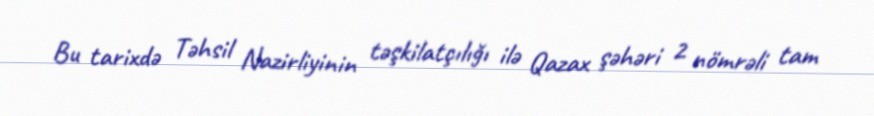
Bu tarixdə Təhsil Nazirliyinin təşkilatçılığı ilə Qazax şəhəri 2 nömrəli tam